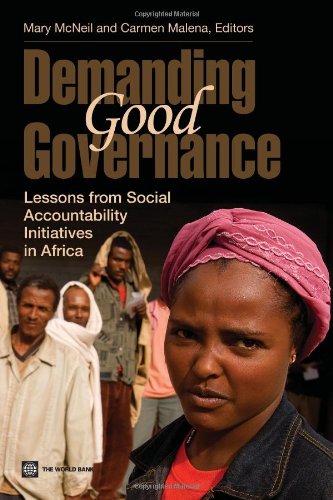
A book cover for Demanding Good Governance: Lessons from Social Accountability Initiatives in Africa; Business & Money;